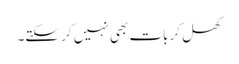
کھل کر بات بھی نہیں کر سکتے۔